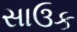
સાઉક